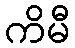
ကိမီ